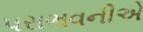
પરાભવનીએ